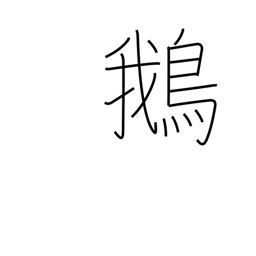
Meaning: goose